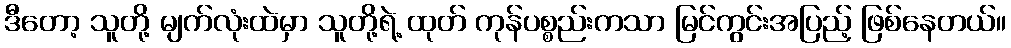
ဒီတော့ သူတို့ မျက်လုံးထဲမှာ သူတို့ရဲ့ ထုတ် ကုန်ပစ္စည်းကသာ မြင်ကွင်းအပြည့် ဖြစ်နေတယ်။